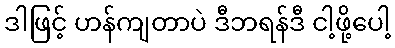
ဒါဖြင့် ဟန်ကျတာပဲ ဒီဘရန်ဒီ ငါ့ဖို့ပေါ့